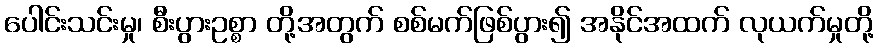
ပေါင်းသင်းမှု၊ စီးပွားဥစ္စာ တို့အတွက် စစ်မက်ဖြစ်ပွား၍ အနိုင်အထက် လုယက်မှုတို့